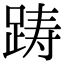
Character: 踌